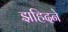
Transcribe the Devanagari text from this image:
झहिदने